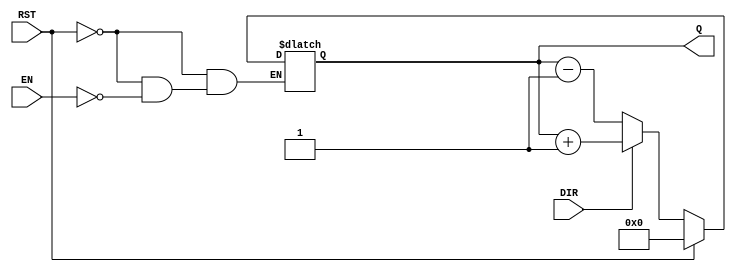
module async_counter #(
    parameter BIT_WIDTH = 4 // Configurable bit width (3 to 8 bits)
) (
    input wire EN,          // Enable signal
    input wire DIR,         // Count direction (1 for up, 0 for down)
    input wire RST,         // Asynchronous reset
    output reg [BIT_WIDTH-1:0] Q // Count value output
);

    // Asynchronous reset and counting logic
    always @(*) begin
        if (RST) begin
            Q = {BIT_WIDTH{1'b0}}; // Reset counter to 0
        end else if (EN) begin
            if (DIR) begin
                Q = Q + 1; // Count up
            end else begin
                Q = Q - 1; // Count down
            end
        end
    end

endmodule